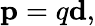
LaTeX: \mathbf{p}=q\mathbf{d},